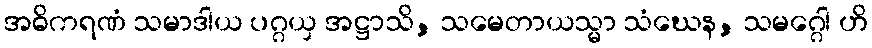
အဓိကရဏံ သမာဒါယ ပဂ္ဂယှ အဋ္ဌာသိ, သမေတာယသ္မာ သံဃေန, သမဂ္ဂေါ ဟိ